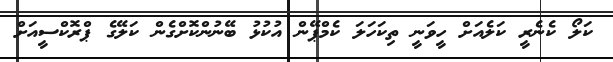
ކަލޯ ކެނެރީ ކަލެއަށް ހީވަނީ ތިކަހަލަ ކެމްޕޭން އުކުޅު ބޭނުންކޮށްގެން ކަލޭގެ ޕްރޮކްސީއަށް